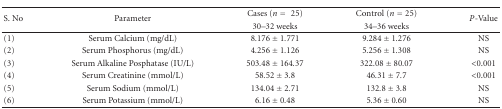
<table><thead><tr><td rowspan="2"><b>S. No</b></td><td rowspan="2"><b>Parameter</b></td><td><b>Cases (<i>n</i> = 25)</b></td><td><b>Control (<i>n</i> = 25)</b></td><td rowspan="2"><b><i>P</i>-Value</b></td></tr><tr><td><b>30–32 weeks</b></td><td><b>34–36 weeks</b></td></tr></thead><tbody><tr><td>(1)</td><td>Serum Calcium (mg/dL)</td><td>8.176 ± 1.771</td><td>9.284 ± 1.276</td><td>NS</td></tr><tr><td>(2)</td><td>Serum Phosphorus (mg/dL)</td><td>4.256 ± 1.126</td><td>5.256 ± 1.308</td><td>NS</td></tr><tr><td>(3)</td><td>Serum Alkaline Posphatase (IU/L)</td><td>503.48 ± 164.37</td><td>322.08 ± 80.07</td><td>&lt;0.001</td></tr><tr><td>(4)</td><td>Serum Creatinine (mmol/L)</td><td>58.52 ± 3.8</td><td>46.31 ± 7.7</td><td>&lt;0.001</td></tr><tr><td>(5)</td><td>Serum Sodium (mmol/L)</td><td>134.04 ± 2.71</td><td>132.8 ± 3.8</td><td>NS</td></tr><tr><td>(6)</td><td>Serum Potassium (mmol/L)</td><td>6.16 ± 0.48</td><td>5.36 ± 0.60</td><td>NS</td></tr></tbody></table>